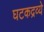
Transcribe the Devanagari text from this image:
घटकद्रव्ये